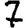
Digit: 7